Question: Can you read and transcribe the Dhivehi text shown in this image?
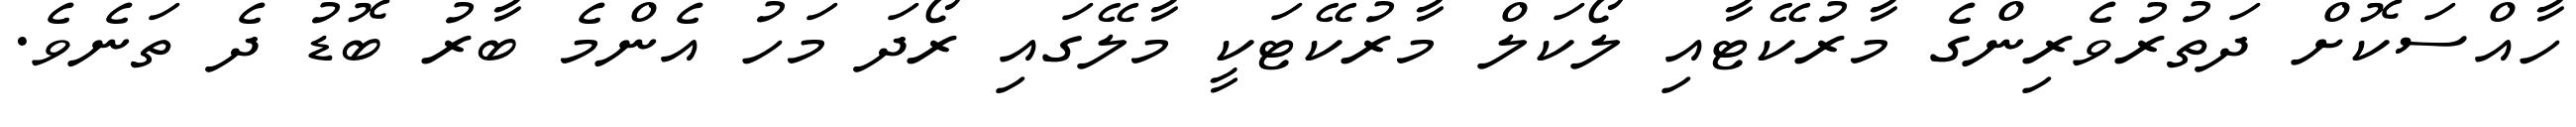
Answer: ހާއްސަކޮށް ދަތުރުވެރިންގެ މާރުކޭޓާއި ލޯކަލް މާރުކޭޓަކީ މާލޭގައި ރޯދަ މަހު އެންމެ ބާރު ބޮޑު ދެ ތަނެވެ.